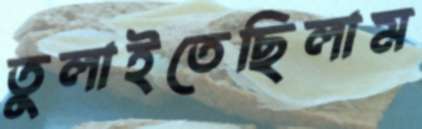
তুলাইতেছিলাম